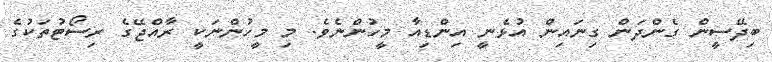
ބިދޭސީން ގެންދަން ގިނައިން އުޅެނީ އިންޑިއާ މީހުންނެވެ. މި މީހުންނަކީ ރާއްޖޭގެ ރިސޯޓުތަކުގެ